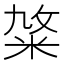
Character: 𥹛